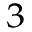
^ { 3 }